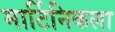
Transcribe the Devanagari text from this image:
मार्टिनिकला